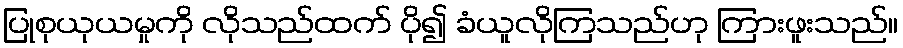
ပြုစုယုယမှုကို လိုသည်ထက် ပို၍ ခံယူလိုကြသည်ဟု ကြားဖူးသည်။